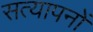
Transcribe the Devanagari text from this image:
सत्यापनों